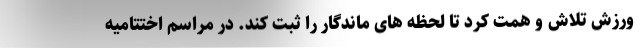
ورزش تلاش و همت کرد تا لحظه های ماندگار را ثبت کند. در مراسم اختتامیه